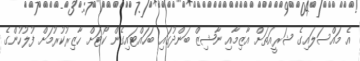
އެ މައްސަލައިގެ ޝަރީއަތަށް އާޒިމާއި ނާޝިޒް ބަންދުގައި ބަހައްޓައިގެން ކޯޓަށް ހާޒިރުކުރުމަށް ފުލުހުންގެ